Report on enteric fever
Disease focus: Fever
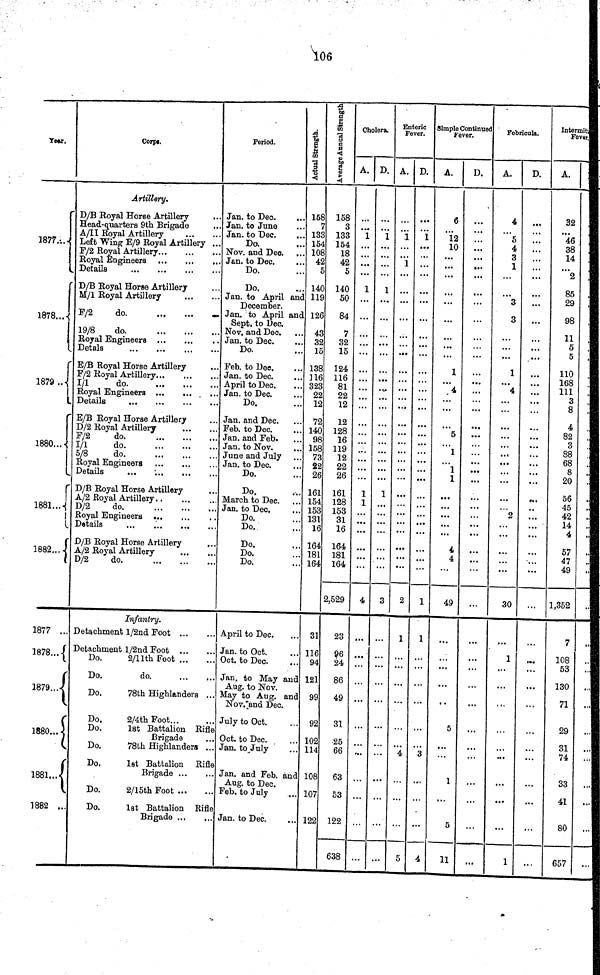
106
Year.
1877.;..
1878...
i
1879 ..
1880
1881
1882...
1877 ...
1878.../
1879
1880
1881..
1882 ...
Corp.
Artillery,
D/B Royal Horse Artillery
Head-quarters 9th Brigade
A/II Royal Artillery
Left Wing E/9 Royal Artillery ..
F/2 Royal Artillery
Royal Engineers
Details
,
D/B Royal Horse Artillery
M/I Royal Artillery
F/2
do.
19/8
do.
Royal Engineers
Detals
...
...
, ,
E/B Royal Horse Artillery
F/2 Royal Artillery
I/1
do
Royal Engineers
Details
E/B Royal Horse Artillery
F/2
do.
T/1
do
5/8
do.
Royal Engineers ...
...
D/B Royal Horse Artillery
...
A/2 Royal Artillery
D/2
do.
Royal Engineers ...
D/B Royal Horse Artillery
,..
A/2 Royal Artillery
D/2
do.
Infantry.
Detachment l/2nd Foot
Detachment l/2nd Foot . .
Do.
2/11th Foot
Do.
do.
Do.
78th Highlanders ...
Do.
2/4th Foot...
Do.
1st Battalion Rifle
Brigade
Tin
78th Highlanders
Do.
1st Battalion Rifle
Brigade ...
Do.
2/l5th Foot
Do.
1st Battalion Rifle
Brigade
Period.
Jan. to Dec.
Jan. to June
Jan. to Dec.
Do.
Nov. and Deo.
Jan. to Dec.
Do
Do,
Jan. to April and
December.
Jan. to April am
Sept. to Dec.
Nov. and Dec.
Jan. to Dec.
Do.
Feb. to Dee.
Jan. to Dec.
Jan. to Dec.
Do
Jan. and Dec.
Feb. to Dec.
Jan. and Feb.
Jan. to Nov.
...
June and July
Jan. to Dec.
Do.
Do.
March to Dec.
Jan. to Dec,
Do.
Do.
Do.
Do.
Do.
April to Dec.
Jan. to Oct.
Oct. to Dec.
Jan. to May and
Aug. to Nov
May to Aug. and
Nov. and Dec.
July to Oct.
Oct. to Dec.
Jan. to July
Jan. and Feb. and
Aug. to Dec.
Feb. to July
Jan. to Dec.
Actual Strength
158
133
1,54
108
42
140
119
126
43
32
15
138
116
323
22
12
72
140
98
158
73
22
26
161
154
153
131
16
164
181
164
31
116
94
121
99
92
102
114
108
107
122
Average Annual Strength
158
3
133
154
18
5
140
50
84
7
32
15
124
116
81
22
12
12
128
16
119
12
22
26
161
128
153
31
16
164
181
164
2,529
23
96
24
86
49
31
-25
66
63
53
122
638
Cholera.
A.
1
...
1
...
1
1
4
...
...
D.
1
...
1
1
3
...
...
...
Enteric
Fever.
A.
1
1
...
2
1
4
5
D.
1
...
...
1
1
3
4
Simple Continued
Fever.
A.
12
10
...
1
4
5
1
1
1
4
A
49
5
1
5
11
D.
...
...
...
...
...
...
...
...
...
...
...
Febricula.
A.
4
5
4
3
1
1
4
...
...
...
2
...
...
30
1
...
...
1
D.
...
...
...
...
...
...
...
...
...
...
Intermittent Fe
A.
32
32
38
2
29
39
11
5
5
110
168
111
3
8
4
82
3
88
68
8
56
45
42
14
4
57
47
1,352
108
58
130
71
29
31
33
41
80
657
..
...